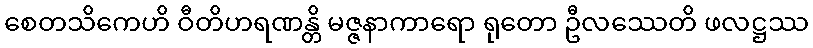
စေတသိကေဟိ ဝီတိဟရဏန္တိ မဇ္ဇနာကာရော ရုတော ဦလဿေတိ ဖလဋ္ဌဿ